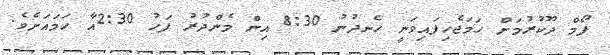
ފޯމް ދޫކުރުމަށް ހަމަޖެހިފައިވަނީ ހެނދުނު 8:30 އިން މެންދުރު ފަހު 2:30އާ ހަމައަށެވެ.